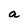
Character: a